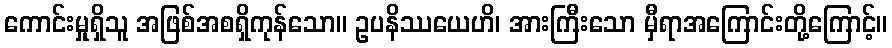
ကောင်းမှုရှိသူ အဖြစ်အစရှိကုန်သော။ ဥပနိဿယေဟိ၊ အားကြီးသော မှီရာအကြောင်းတို့ကြောင့်။